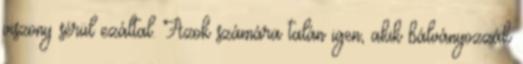
viszony sérül ezáltal. Azok számára talán igen, akik bálványozzák